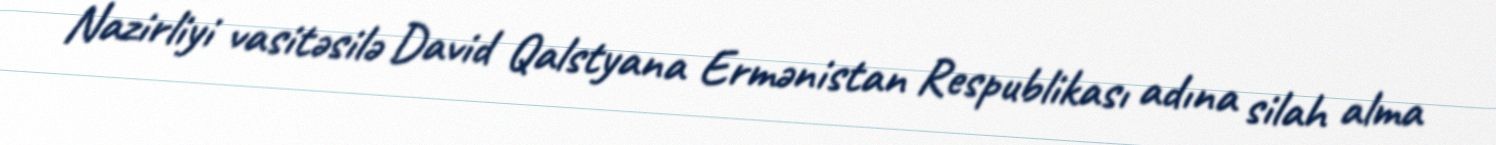
Nazirliyi vasitəsilə David Qalstyana Ermənistan Respublikası adına silah alma